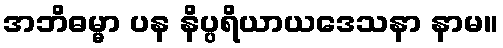
အဘိဓမ္မာ ပန နိပ္ပရိယာယဒေသနာ နာမ။